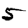
Digit: 5